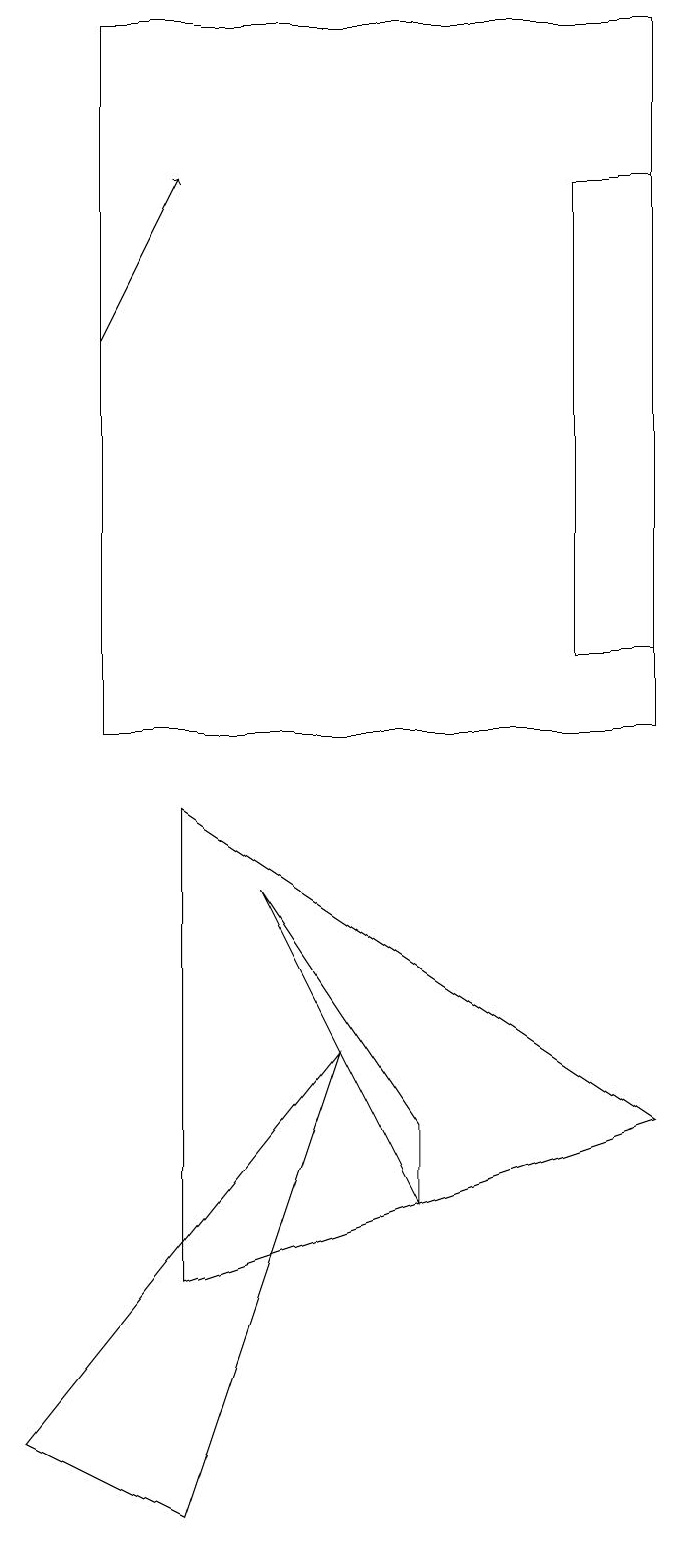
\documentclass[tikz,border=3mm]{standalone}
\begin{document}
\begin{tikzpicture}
\draw (9,17) rectangle (8,11);
\draw (6,4) -- (6,5) -- (4,8) -- cycle;
\draw (2,10) rectangle (9,19);
\draw (2,18) rectangle (2,19);
\draw[->] (2,15) -- (3,17);
\draw (5,6) -- (1,1) -- (3,0) -- cycle;
\draw (9,5) -- (3,3) -- (3,9) -- cycle;
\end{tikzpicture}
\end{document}